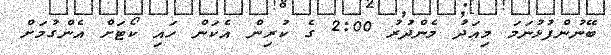
ބޭނުންފުޅުނަމަ މިއަދު މެންދުރު 2:00 ގެ ކުރިން އެކަން ހައި ކޯޓަށް އެންގުމަށް